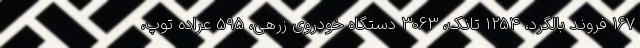
167 فروند بالگرد، 1254 تانک، 3063 دستگاه خودروی زرهی، 595 عراده توپ،